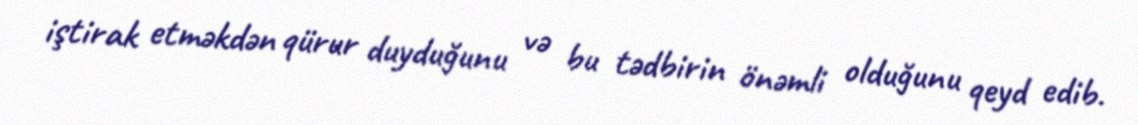
iştirak etməkdən qürur duyduğunu və bu tədbirin önəmli olduğunu qeyd edib.